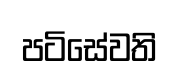
පටිසේවති